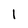
Character: l